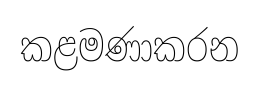
කළමණාකරන